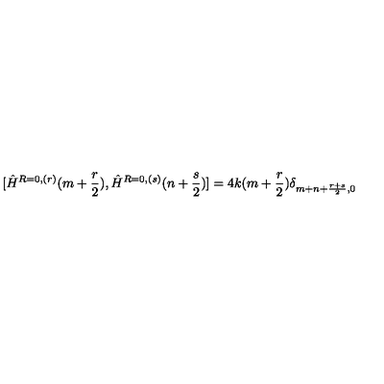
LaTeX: [ \hat { H } ^ { R = 0 , ( r ) } ( m + \frac { r } { 2 } ) , \hat { H } ^ { R = 0 , ( s ) } ( n + \frac { s } { 2 } ) ] = 4 k ( m + \frac { r } { 2 } ) \delta _ { m + n + \frac { r + s } { 2 } , 0 }